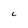
Character: C